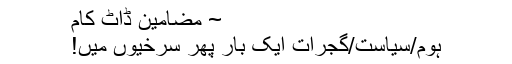
~ مضامین ڈاٹ کام
ہوم/سیاست/گجرات ایک بار پھر سرخیوں میں!